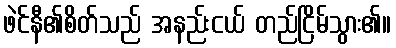
ဖဲင်နီ၏စိတ်သည် အနည်းငယ် တည်ငြိမ်သွား၏။